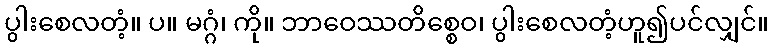
ပွါးစေလတံ့။ ပ။ မဂ္ဂံ၊ ကို။ ဘာဝေဿတိစ္စေဝ၊ ပွါးစေလတံ့ဟူ၍ပင်လျှင်။